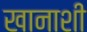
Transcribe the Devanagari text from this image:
खानाशी